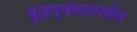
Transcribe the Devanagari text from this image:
बुद्धपूर्वकाळातील